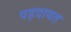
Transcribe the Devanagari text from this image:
पड़दायत